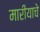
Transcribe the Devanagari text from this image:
मारीयाचे